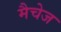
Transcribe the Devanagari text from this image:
मैचेज